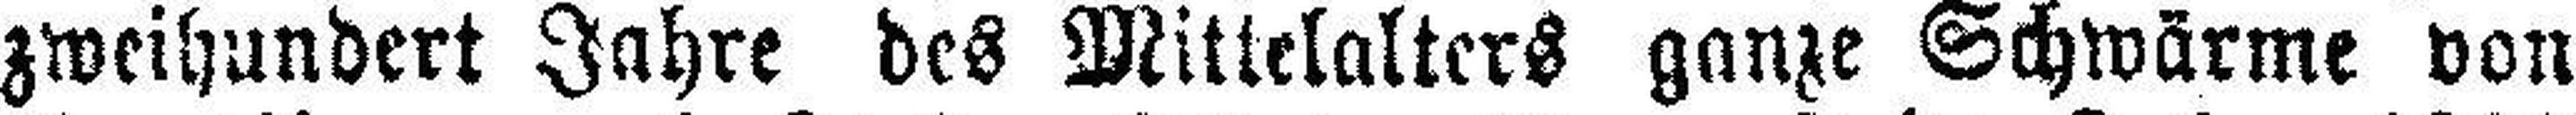
zweihundert Jahre des Mittelalters ganze Schwärme von